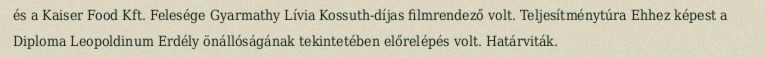
és a Kaiser Food Kft. Felesége Gyarmathy Lívia Kossuth-díjas filmrendező volt. Teljesítménytúra Ehhez képest a Diploma Leopoldinum Erdély önállóságának tekintetében előrelépés volt. Határviták.